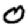
Digit: 0